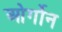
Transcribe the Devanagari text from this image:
ओर्गोन